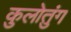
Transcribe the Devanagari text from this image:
कुलोतुंग